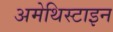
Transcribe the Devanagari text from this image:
अमेथिस्टाइन